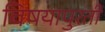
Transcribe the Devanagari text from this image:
विषयापुरती